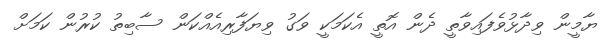
ޔާމީން ވިދާޅުވެފައިވާތީ ދެން އޮތީ އެކަމަކީ ވަގު ވިޔަފާރިއެއްކަން ސާބިތު ކުރުން ކަމަށް